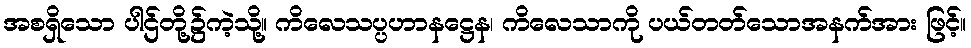
အစရှိသော ပါဌ်တို့၌ကဲ့သို့။ ကိလေသပ္ပဟာနဋ္ဌေန၊ ကိလေသာကို ပယ်တတ်သောအနက်အား ဖြင့်။